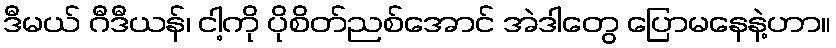
ဒီမယ် ဂီဒီယန်၊ ငါ့ကို ပိုစိတ်ညစ်အောင် အဲဒါတွေ ပြောမနေနဲ့ဟာ။